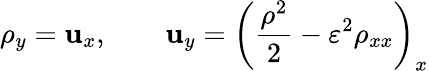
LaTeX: \rho_{y}=\mathbf{u}_{x},\qquad\mathbf{u}_{y}=\left(\frac{{\rho^{2}}}{{2}}-\varepsilon^{2}\rho_{xx}\right)_{x}